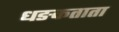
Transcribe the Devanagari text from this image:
धङकताता